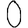
Digit: 0